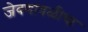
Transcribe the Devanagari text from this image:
जेवणावळीचा